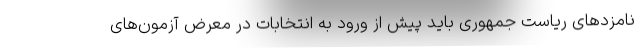
نامزدهای ریاست جمهوری باید پیش از ورود به انتخابات در معرض آزمون‌های‌